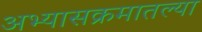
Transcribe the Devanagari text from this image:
अभ्यासक्रमातल्या